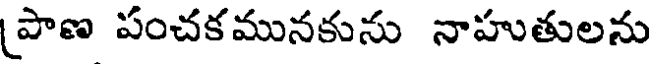
(పాణ పంచకమునకును నాహుతులను